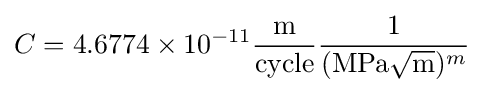
C=4.6774\times 10^{-11}{\frac {\text{m}}{\text{cycle}}}{\frac {1}{({\text{MPa}}{\sqrt {\text{m}}})^{m}}}